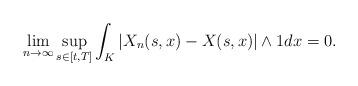
LaTeX: \begin{align*}\lim\limits_{n\to \infty}\sup_{s\in [t,T]}\int_K |X_n(s,x)-X(s,x)|\wedge 1 dx=0 .\end{align*}